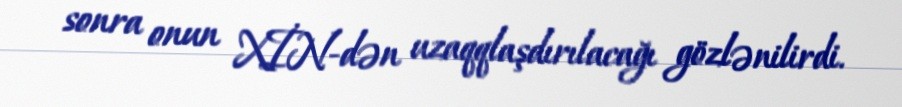
sonra onun XİN-dən uzaqqlaşdırılacağı gözlənilirdi.